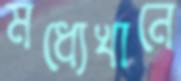
মধ্যেখানে